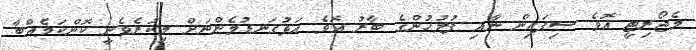
މެޖޯރިޓީ އޮވެ ސިފައިން ނާއި ފުލުހުންގެ ބާރު އޮވެ އަޅުގަނޑުމެންނަށް މިކުރެވެނީ ކޮންކަމެއްބާ